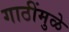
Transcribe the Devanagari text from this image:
गाठींमुळे